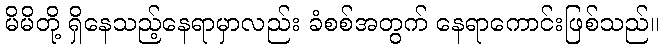
မိမိတို့ ရှိနေသည့်နေရာမှာလည်း ခံစစ်အတွက် နေရာကောင်းဖြစ်သည်။